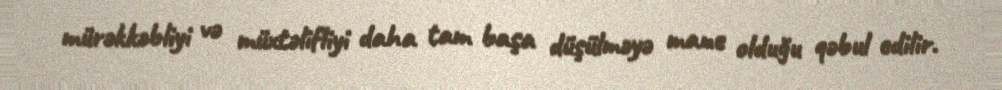
mürəkkəbliyi və müxtəlifliyi daha tam başa düşülməyə mane olduğu qəbul edilir.